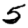
Digit: 5